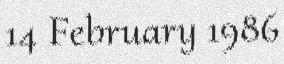
14 February 1986